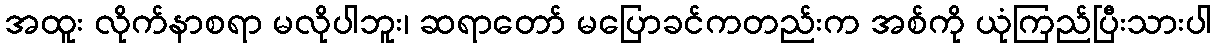
အထူး လိုက်နာစရာ မလိုပါဘူး၊ ဆရာတော် မပြောခင်ကတည်းက အစ်ကို ယုံကြည်ပြီးသားပါ